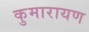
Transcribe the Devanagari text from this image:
कुमारायण